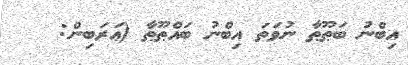
އިބްނު ބަޠޫޠާ ނުވަތަ އިބްނު ބައްޠޫޠާ (ޢަރަބިން: